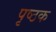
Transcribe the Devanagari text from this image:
पृष्ठक